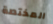
المختصة